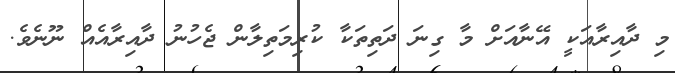
މި ދާއިރާއަކީ އޭނާއަށް މާ ގިނަ ދަތިތަކާ ކުރިމަތިލާން ޖެހުނު ދާއިރާއެއް ނޫނެވެ.